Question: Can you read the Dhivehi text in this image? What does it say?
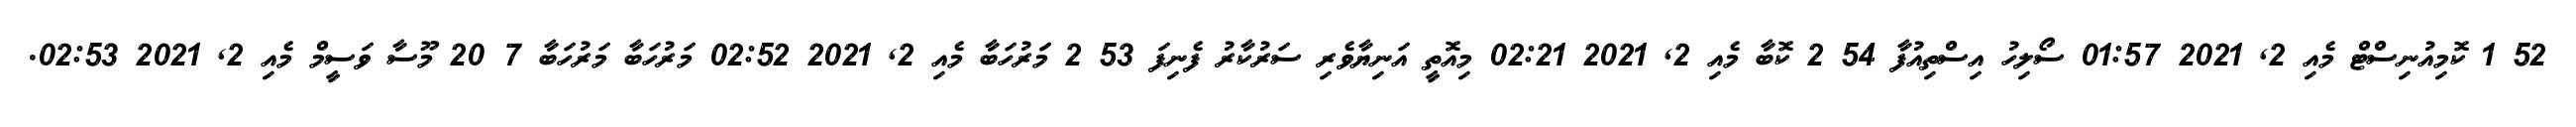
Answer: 52 1 ކޮމިއުނިސްޓް މެއި 2, 2021 01:57 ސޯލިހު އިސްތިއުފާ 54 2 ކޮބާ މެއި 2, 2021 02:21 މިއޮތީ އަނިޔާވެރި ސަރުކާރު ފެނިފަ 53 2 މަަރުހަބާ މެއި 2, 2021 02:52 މަރުހަބާ މަރުހަބާ 7 20 މޫސާ ވަސީމް މެއި 2, 2021 02:53.